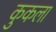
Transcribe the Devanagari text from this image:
कुकला